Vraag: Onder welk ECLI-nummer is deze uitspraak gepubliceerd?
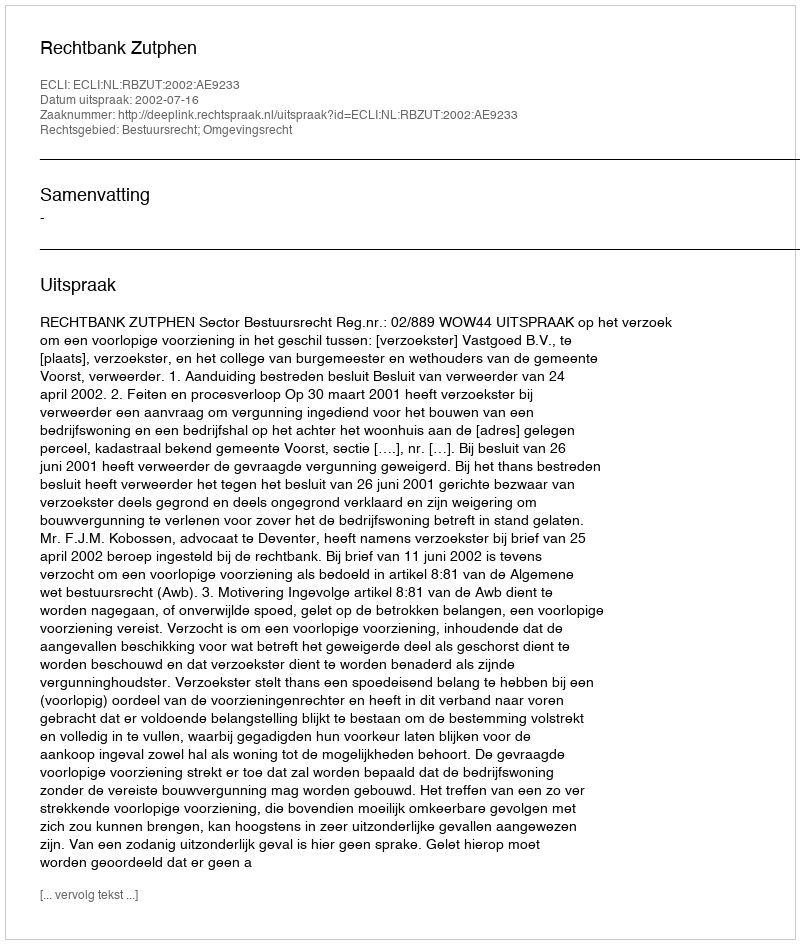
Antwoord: ECLI:NL:RBZUT:2002:AE9233